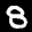
Label: 8